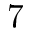
7